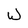
Character: W